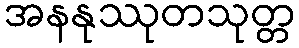
အနနုဿုတသုတ္တ